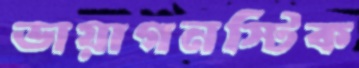
ডায়াগনস্টিক